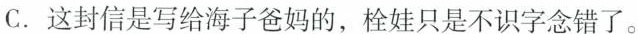
C.这封信是写给海子爸妈的，栓娃只是不识字念错了。